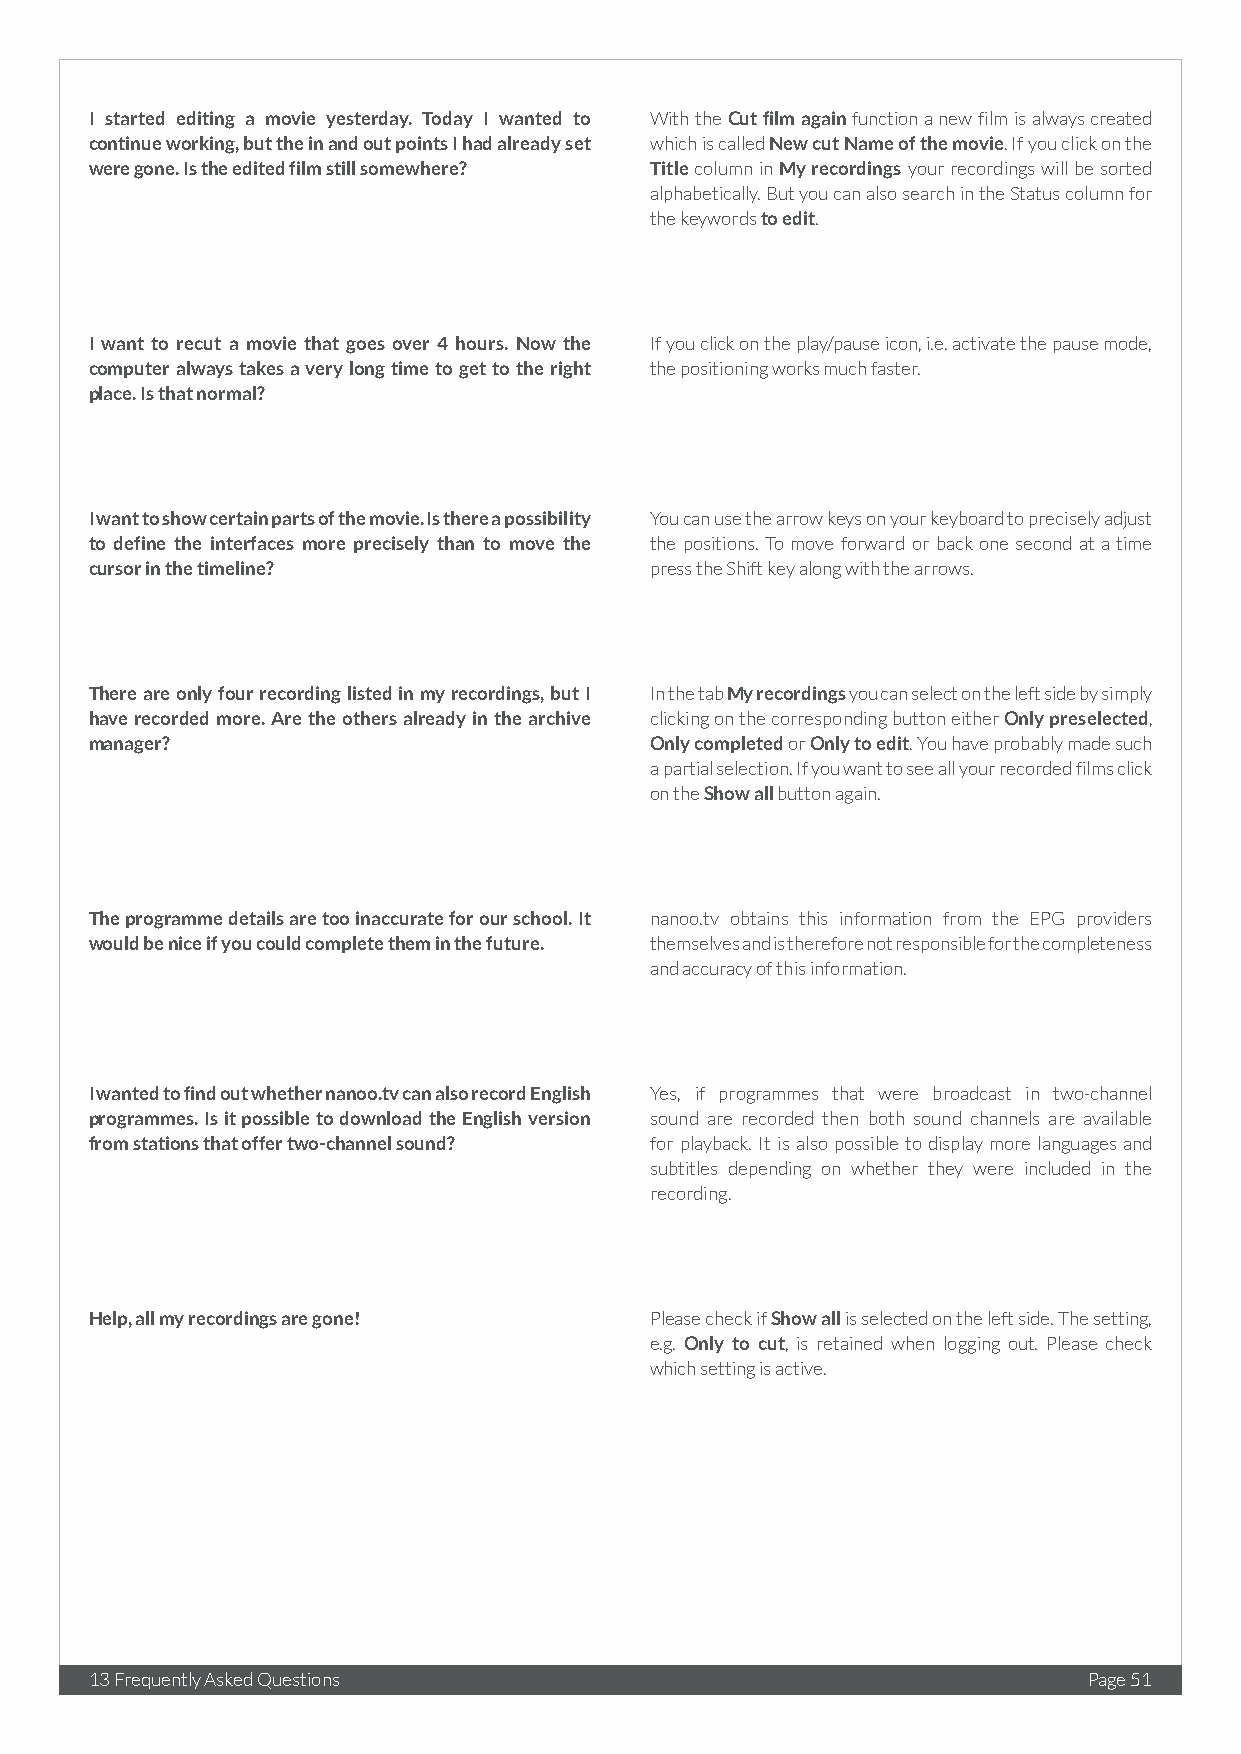
I started editing a movie yesterday. Today I wanted to With the Cut film again function a new film is always created
 continue working, but the in and out points I had already set which is called New cut Name of the movie. If you click on the
 were gone. Is the edited film still somewhere? Title column in My recordings your recordings will be sorted
 alphabetically. But you can also search in the Status column for
 the keywords to edit.
 I want to recut a movie that goes over 4 hours. Now the If you click on the play/pause icon, i.e. activate the pause mode,
 computer always takes a very long time to get to the right the positioning works much faster.
 place. Is that normal?
 I want to show certain parts of the movie. Is there a possibility You can use the arrow keys on your keyboard to precisely adjust
 to define the interfaces more precisely than to move the the positions. To move forward or back one second at a time
 cursor in the timeline?              press the Shift key along with the arrows.
 There are only four recording listed in my recordings, but I In the tab My recordings you can select on the left side by simply
 have recorded more. Are the others already in the archive clicking on the corresponding button either Only preselected,
 manager?                             Only completed or Only to edit. You have probably made such
 a partial selection. If you want to see all your recorded films click
 on the Show all button again.
 The programme details are too inaccurate for our school. It nanoo.tv obtains this information from the EPG providers
 would be nice if you could complete them in the future. themselves and is therefore not responsible for the completeness
 and accuracy of this information.
 I wanted to find out whether nanoo.tv can also record English Yes, if programmes that were broadcast in two-channel
 programmes. Is it possible to download the English version sound are recorded then both sound channels are available
 from stations that offer two-channel sound? for playback. It is also possible to display more languages and
 subtitles depending on whether they were included in the
 recording.
 Help, all my recordings are gone!    Please check if Show all is selected on the left side. The setting,
 e.g. Only to cut, is retained when logging out. Please check
 which setting is active.
 13 Frequently Asked Questions                                     Page 51